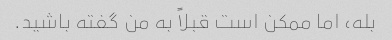
بله، اما ممکن است قبلاً به من گفته باشید.